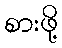
စားဖို့